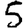
Digit: 5